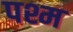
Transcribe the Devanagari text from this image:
पश्म